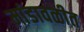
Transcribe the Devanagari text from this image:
मांडावळीत